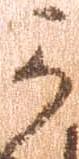
可